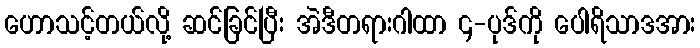
ဟောသင့်တယ်လို့ ဆင်ခြင်ပြီး အဲဒီတရားဂါထာ ၄-ပုဒ်ကို ပေါရိသာဒအား